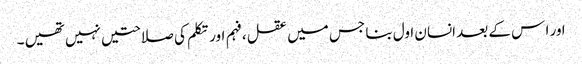
ا ور ا س کے بعد انسان اول بنا جس میں عقل ،فہم اور تکلم کی صلاحتیں نہیں تھیں ۔